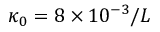
\kappa _ { 0 } = 8 \times 1 0 ^ { - 3 } / L